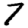
Digit: 7